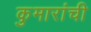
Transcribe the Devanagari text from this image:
कुमारांची